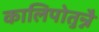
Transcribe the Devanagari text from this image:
कालिपोतुन्नै